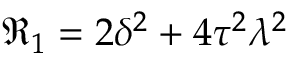
\Re _ { 1 } = 2 \delta ^ { 2 } + 4 \tau ^ { 2 } \lambda ^ { 2 }